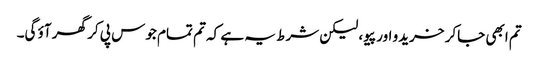
تم ابھی جاکر خریدو اور پیو، لیکن شرط یہ ہے کہ تم تمام جوس پی کر گھر آؤ گی۔